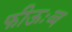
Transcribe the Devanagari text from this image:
फीऊःव्व